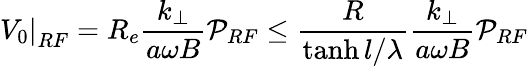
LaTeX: \left.V_{0}\right|_{RF}=R_{e}\frac{k_{\perp}}{a\omega B}\mathcal{P}_{RF}\leq\frac{R}{\operatorname{tanh}l/\lambda}\frac{k_{\perp}}{a\omega B}\mathcal{P}_{RF}